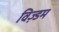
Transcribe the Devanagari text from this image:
विज़्डम